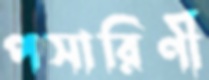
পসারিণী